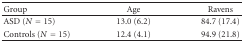
<table><thead><tr><td><b>Group</b></td><td><b>Age</b></td><td><b>Ravens</b></td></tr></thead><tbody><tr><td>ASD (<i>N</i> = 15)</td><td>13.0 (6.2)</td><td>84.7 (17.4)</td></tr><tr><td>Controls (<i>N</i> = 15)</td><td>12.4 (4.1)</td><td>94.9 (21.8)</td></tr></tbody></table>